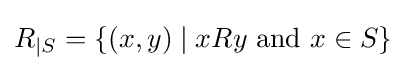
R_{\vert S}=\{(x,y)\mid xRy{\text{ and }}x\in S\}